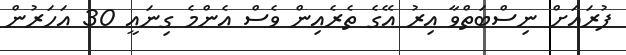
ފުރައަށް ނިސްބަތްވާ އިރު އޭގެ ތެރެއިން ވެސް އެންމެ ގިނައީ 30 އަހަރުން